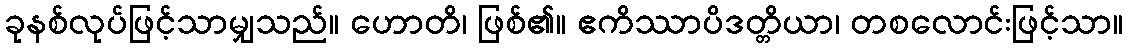
ခုနစ်လုပ်ဖြင့်သာမျှသည်။ ဟောတိ၊ ဖြစ်၏။ ဧကိဿာပိဒတ္တိယာ၊ တစလောင်းဖြင့်သာ။